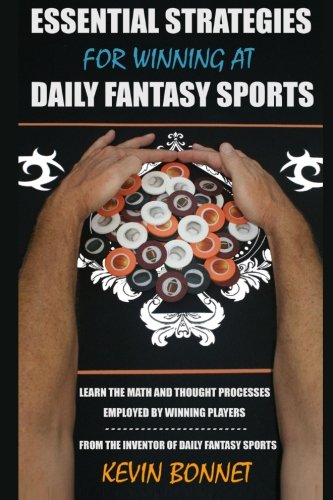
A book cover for Essential Strategies for Winning at Daily Fantasy Sports; Kevin Bonnet; Humor & Entertainment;